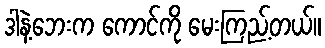
ဒါနဲ့ဘေးက ကောင်ကို မေးကြည့်တယ်။